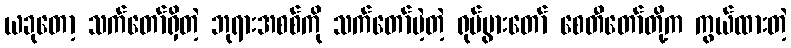
ယခုတော့ သက်တော်ရှိတဲ့ ဘုရားအစစ်ကို သက်တော်မဲ့တဲ့ ရုပ်ပွားတော် စေတီတော်တို့က ကွယ်ထားတဲ့